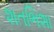
શતભિશા